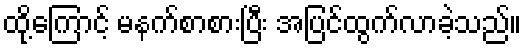
ထို့ကြောင့် မနက်စာစားပြီး အပြင်ထွက်လာခဲ့သည်။